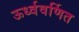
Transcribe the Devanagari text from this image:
ऊर्ध्ववर्णित